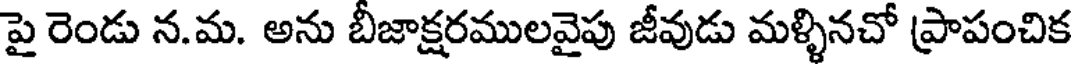
పై రెండు న.మ. అను బీజాక్షరములవైపు జీవుడు మళ్ళినచో ప్రాపంచిక